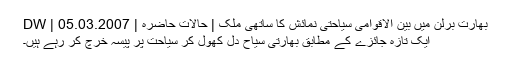
بھارت برلن میں بین الاقوامی سیاحتی نمائش کا ساتھی ملک | حالات حاضرہ | DW | 05.03.2007
ایک تازہ جائزے کے مطابق بھارتی سیاح دل کھول کر سیاحت پر پیسہ خرچ کر رہے ہیں۔